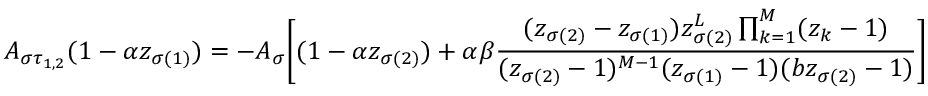
A _ { \sigma \tau _ { 1 , 2 } } ( 1 - \alpha z _ { \sigma ( 1 ) } ) = - A _ { \sigma } \bigg [ ( 1 - \alpha z _ { \sigma ( 2 ) } ) + \alpha \beta \frac { ( z _ { \sigma ( 2 ) } - z _ { \sigma ( 1 ) } ) z _ { \sigma ( 2 ) } ^ { L } \prod _ { k = 1 } ^ { M } ( z _ { k } - 1 ) } { ( z _ { \sigma ( 2 ) } - 1 ) ^ { M - 1 } ( z _ { \sigma ( 1 ) } - 1 ) ( b z _ { \sigma ( 2 ) } - 1 ) } \bigg ]